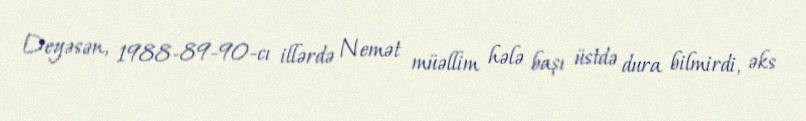
Deyəsən, 1988-89-90-cı illərdə Nemət müəllim hələ başı üstdə dura bilmirdi, əks